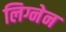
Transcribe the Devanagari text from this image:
लिग्नेन